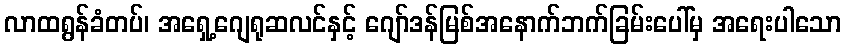
လာထရွန်ခံတပ်၊ အရှေ့ဂျေရုဆလင်နှင့် ဂျော်ဒန်မြစ်အနောက်ဘက်ခြမ်းပေါ်မှ အရေးပါသော